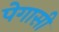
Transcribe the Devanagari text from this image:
पेगासी